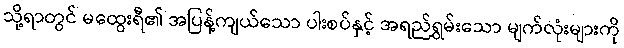
သို့ရာတွင် မထွေးရီ၏ အပြန့်ကျယ်သော ပါးစပ်နှင့် အရည်ရွှမ်းသော မျက်လုံးများကို